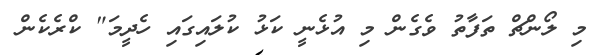
މި ލޯންޗް ތަފާތު ވެގެން މި އުޅެނީ ކަޅު ކުލައިގައި ހެދީމަ" ކްރެކެން